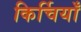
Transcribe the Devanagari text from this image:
किर्चियाँ